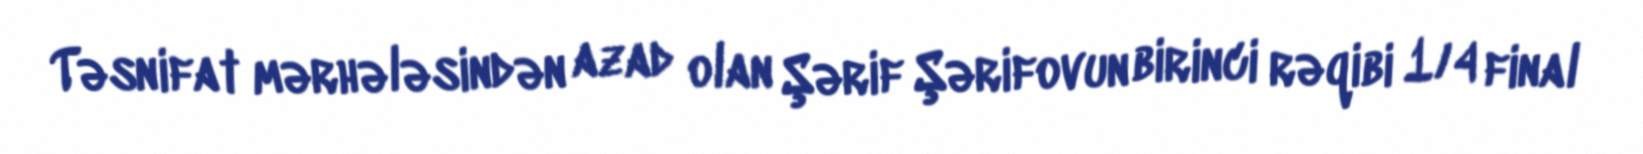
Təsnifat mərhələsindən azad olan Şərif Şərifovun birinci rəqibi 1/4 final